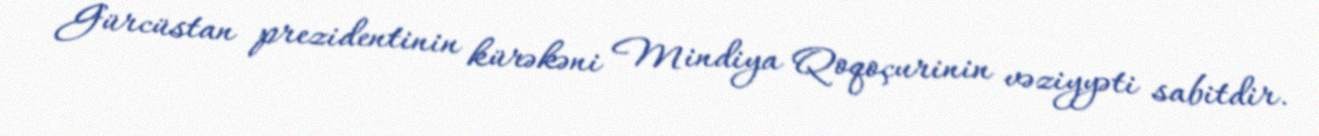
Gürcüstan prezidentinin kürəkəni Mindiya Qoqoçurinin vəziyyəti sabitdir.